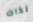
لذاك